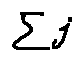
\sum j